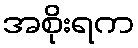
အစိုးရက